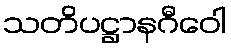
သတိပဋ္ဌာနဂီဝေါ